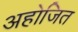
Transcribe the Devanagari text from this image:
अहोजित